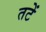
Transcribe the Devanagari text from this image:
तटें